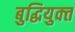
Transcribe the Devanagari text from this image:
बुद्धियुक्‍त